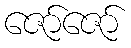
ဇော်ဇော်